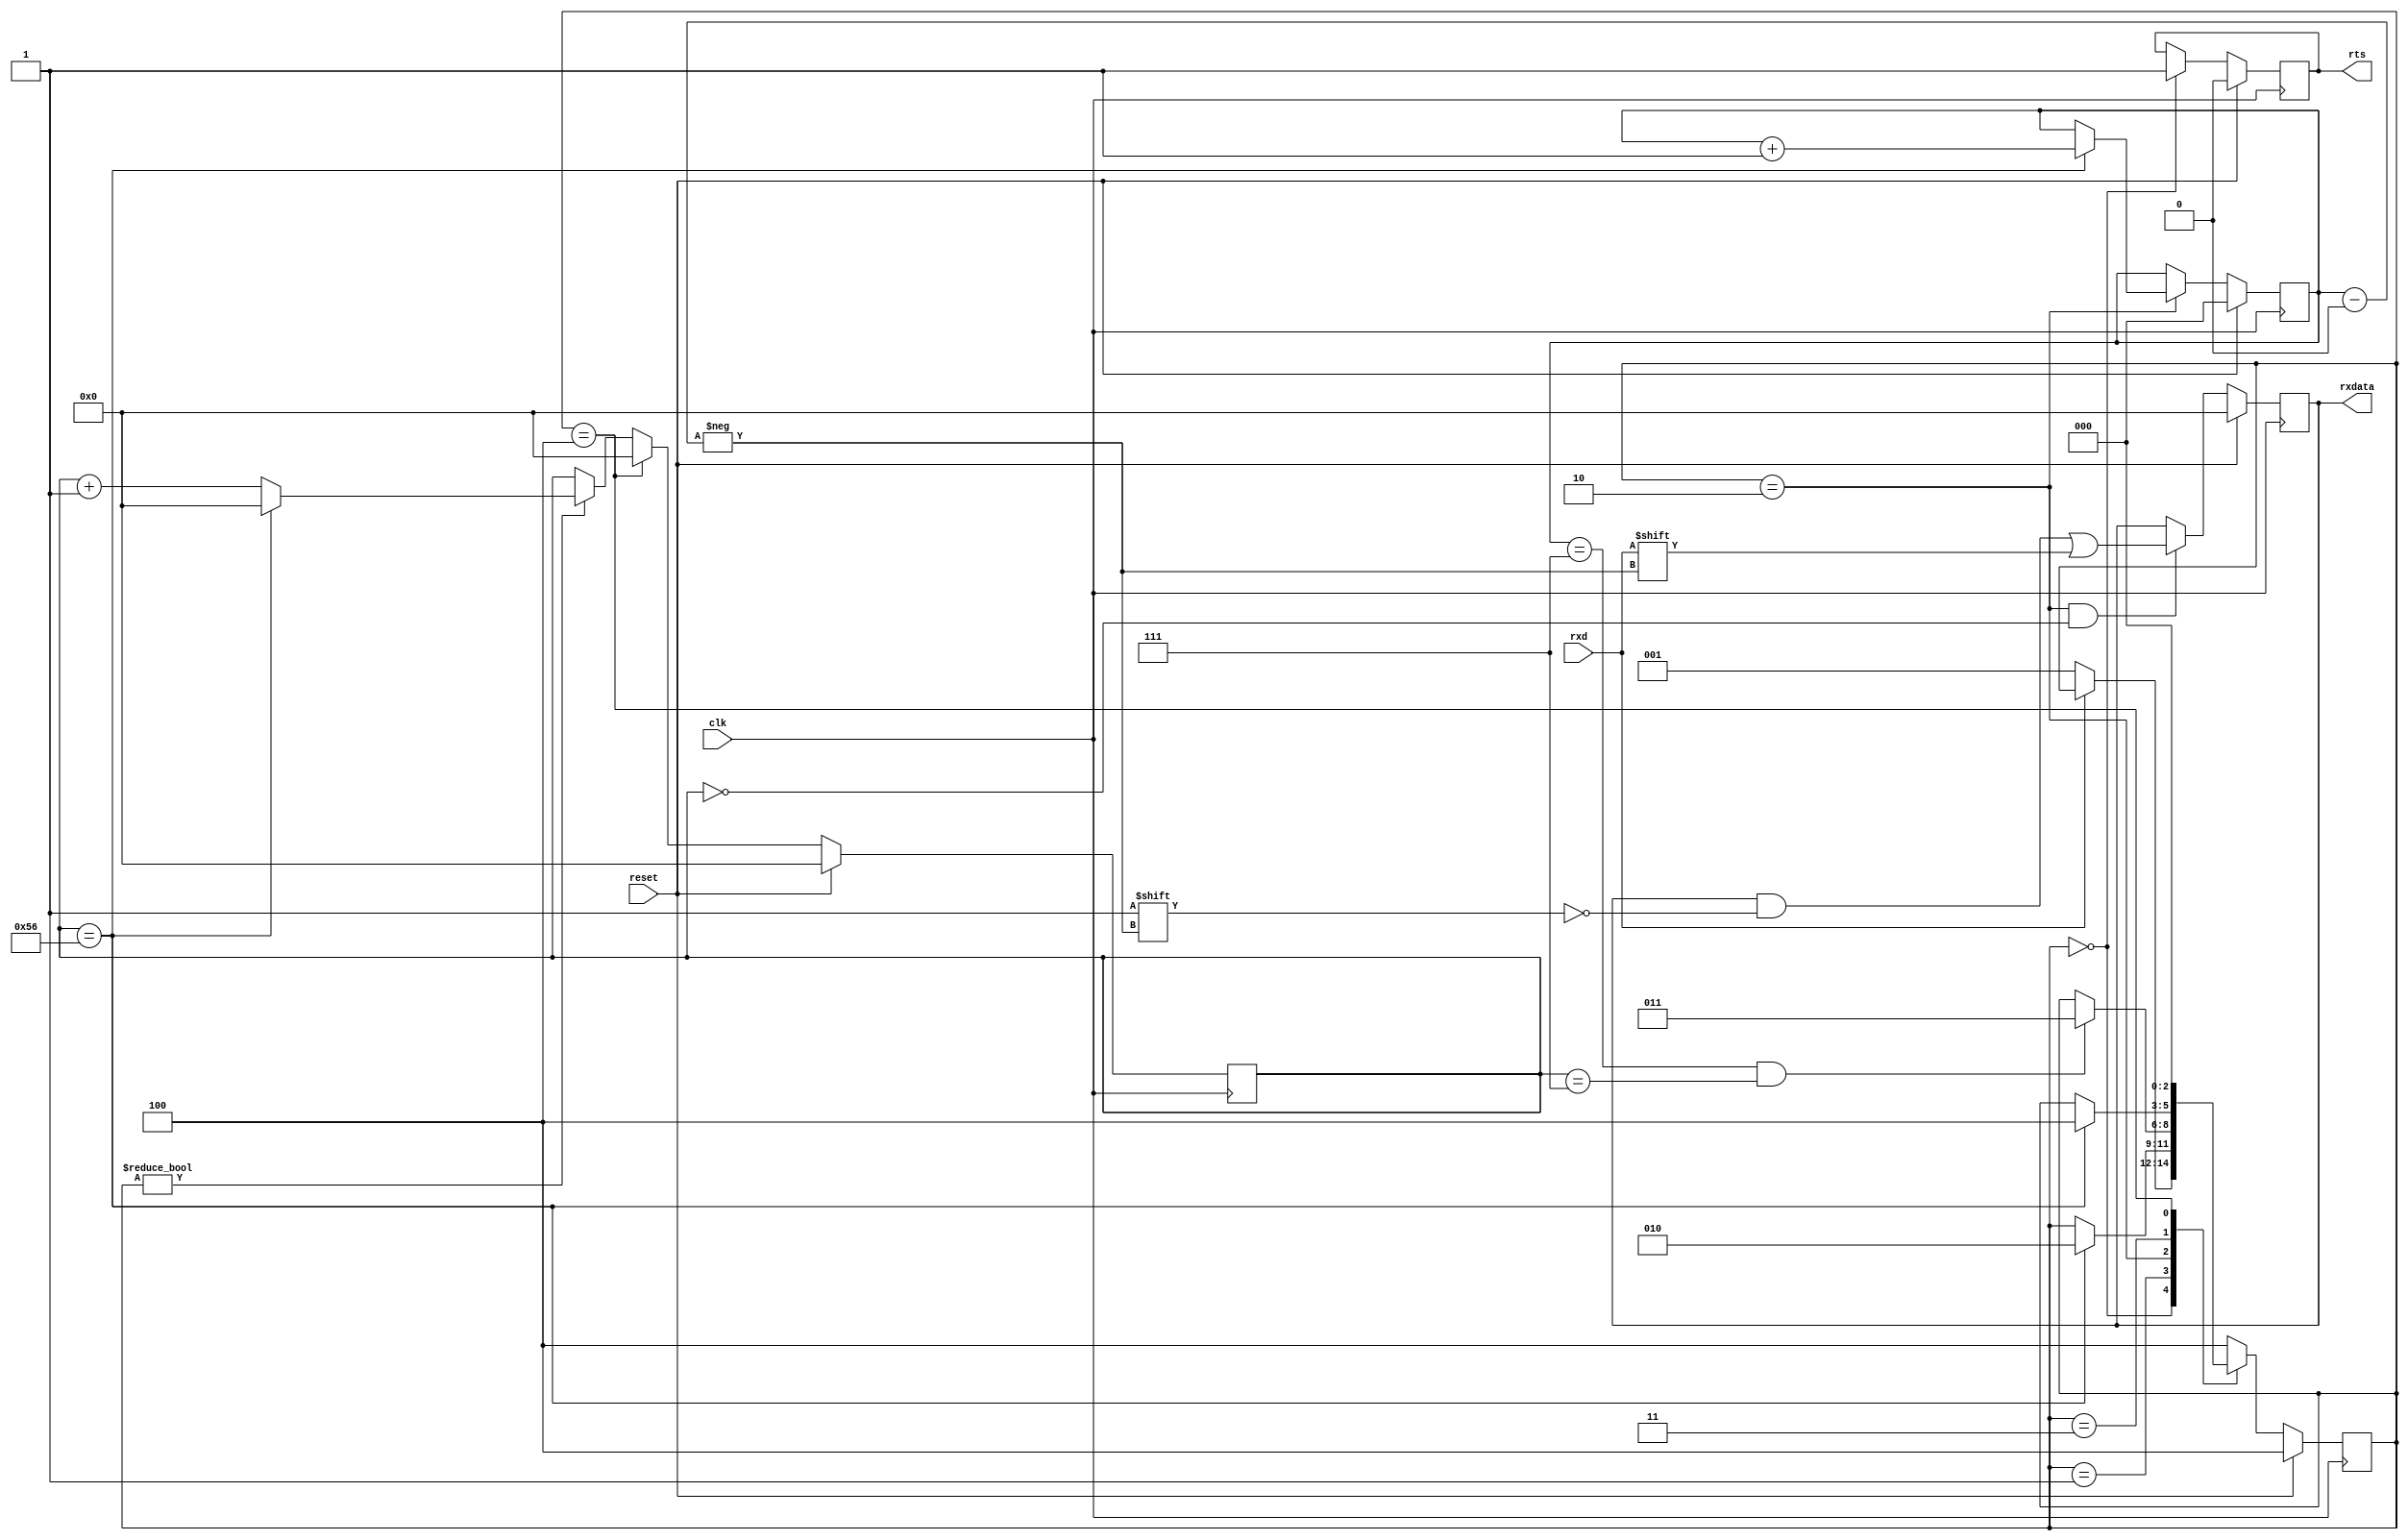
module uart_rx
    #(
        parameter BIT_CLK = 87
    )
    (
        input        clk,
        input        reset,
        output       rts,
        output [7:0] rxdata,
        input        rxd
    );
    localparam IDLE  = 0,
               START = 1,
               DATA  = 2,
               STOP  = 3,
               CLEAN = 4;

    reg [2:0] state   = CLEAN;
    reg       flow_en = 0;
    reg [7:0] data    = 0;
    reg [7:0] count   = 0;
    reg [2:0] index   = 0;

    // state
    always @(posedge clk)
    begin
        if(reset)
        begin
            state <= CLEAN;
        end
        else
        begin
            case (state)
            IDLE:
                begin
                    if(rxd == 0)
                        state <= START;
                end
            START:
                begin
                    if(count == BIT_CLK-1)
                        state <= DATA;
                end
            DATA:
                begin
                    if (index == 7 && count == 7)
                        state <= STOP;
                end
            STOP:
                begin
                    if(count == BIT_CLK-1)
                        state <= CLEAN;
                end
            CLEAN:
                begin
                    state <= IDLE;
                end
            default:
                begin
                    state <= CLEAN;
                end
            endcase
        end
    end

    // read data
    always @(posedge clk)
    begin
        if(reset)
        begin
            data  <= 0;
        end
        else
        begin
            if(state == DATA && count == 0)
            begin
                data[index] <= rxd;
            end
        end
    end
   
    // clock divider count
    always @(posedge clk)
    begin
        if(reset)
        begin
            count  <= 0;
        end
        else
        begin
            if(state == CLEAN)
            begin
                count <= 0;
            end
            else if(state != IDLE)
            begin
                if(count == BIT_CLK-1)
                    count <= 0;
                else
                    count <= count + 1;
            end
        end
    end
   
    // count received serial data
    always @(posedge clk)
    begin
        if(reset)
        begin
            index  <= 0;
        end
        else
        begin
            if (state == DATA)
            begin
                if(count == BIT_CLK-1)
                begin
                    index <= index + 1;
                end
            end
        end
    end

     // flow control
    always @(posedge clk)
    begin
        if(reset)
        begin
            flow_en <= 0;
        end
        else
        begin
            if(state == IDLE)
            begin
                flow_en <= 1;
            end
        end
    end

    assign rts    = flow_en;
    assign rxdata = data;

endmodule